Scottish Leaving Certificate Examination, 1961
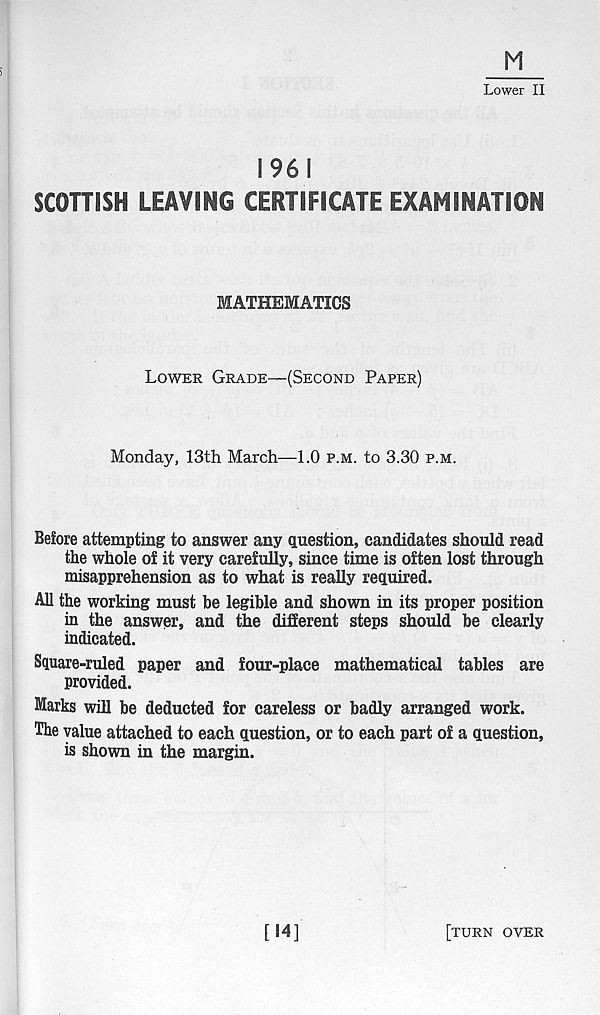
M
Lower II
1961
SCOTTISH LEAVING CERTIFICATE EXAMINATION
MATHEMATICS
Lower Grade—(Second Paper)
Monday, 13th March—1.0 p.m. to 3.30 p.m.
Before attempting to answer any question, candidates should read
the whole of it very carefully, since time is often lost through
misapprehension as to what is really required.
All the working must be legible and shown in its proper position
in the answer, and the different steps should be clearly
indicated.
Square-ruled paper and four-place mathematical tables are
provided.
Marks will be deducted for careless or badly arranged work.
The value attached to each question, or to each part of a question,
is shown in the margin.
[14]
[turn over